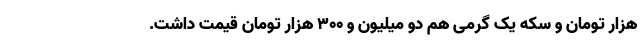
هزار تومان و سکه یک گرمی هم دو میلیون و ۳۰۰ هزار تومان قیمت داشت.